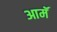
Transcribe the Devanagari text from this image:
आमॅ